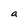
Character: a